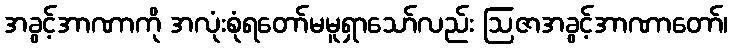
အခွင့်အာဏာကို အလုံးစုံရတော်မမူရှာသော်လည်း ဩဇာအခွင့်အာဏာတော်၊